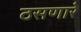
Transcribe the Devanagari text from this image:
ठसणारे